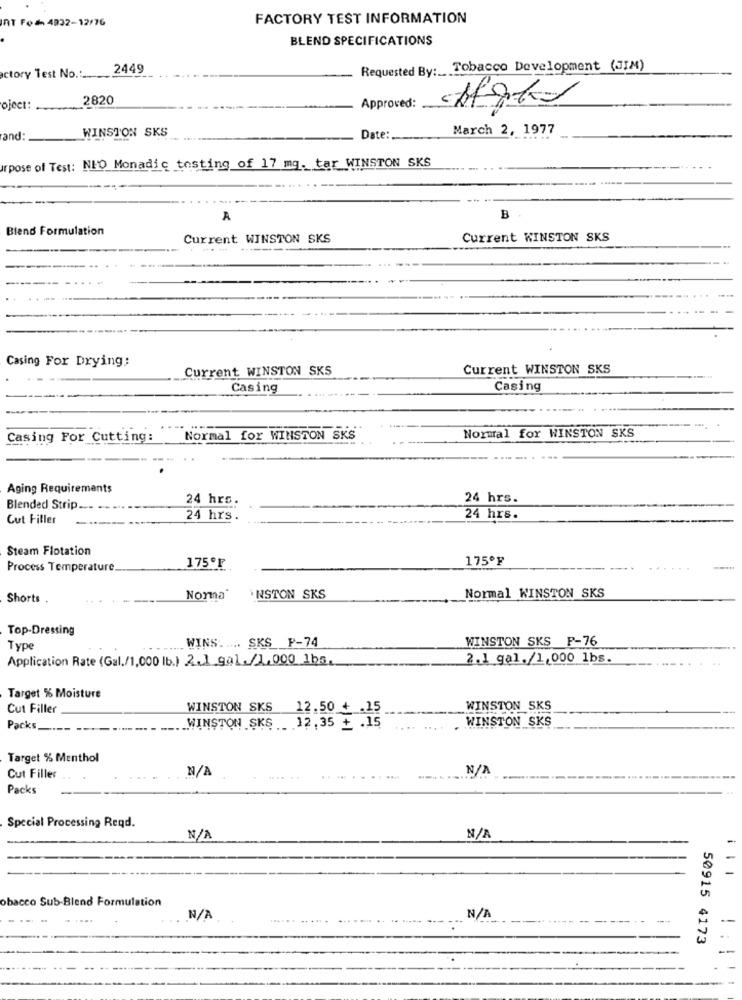
InT Fod 4932-12/76
FACTORY TEST INFORMATION
BLEND SPECIFICATIONS
2449
Requested By :_ Tobacco Development (JIM)
ctory Test No .:_....
2820
Approved:
oject: ..
March 2, 1977
and:
WINSTON SKS
Date:
Irpose of Test: NHO Monadic testing of 17 mg. tar WINSTON SKS
A
B
Blend Formulation
Current WINSTON SKS
Current WINSTON SKS
Casing For Drying:
Current WINSTON SKS
Current WINSTON SKS
Casing
Casing
Normal for WINSTON SKS
Casing For Cutting:
Normal for WINSTON SKS
Aging Requirements
24 hrs.
24 hrs.
Blended Strip ___
Cut Filler
24 hrs.
24 hrs.
Steam Flotation
175ºF
Process Temperature.
175ºF
Normal WINSTON SKS
Shorts
Norma
INSTON SKS
Top-Dressing
WINSTON SKS F-76
Type
WINS ..... SKS P-74
Application Rate (Gal./1,000 lb.) 2.1 gal./1,000 1bs,
2.1 gal. /1,000 1bs.
Target % Moisture
Cut Filler
WINSTON SKS
12.50 + .15
WINSTON SKS
WINSTON SKS
Packs_
WINSTON SKS _ 12,35 + .15
Target % Menthol
Cut Filler
Packs
Special Processing Reqd.
obacco Sub-Blend Formulation
50915 4173